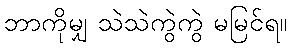
ဘာကိုမျှ သဲသဲကွဲကွဲ မမြင်ရ။